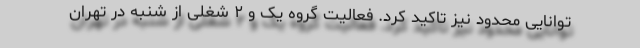
توانایی محدود نیز تاکید کرد. فعالیت گروه یک و ۲ شغلی از شنبه در تهران